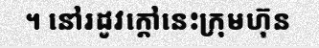
។ នៅរដូវក្តៅនេះក្រុមហ៊ុន